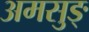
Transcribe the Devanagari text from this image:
अमसुङ्